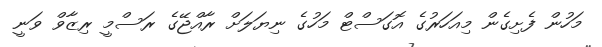
މަހުން ފެށިގެން މިއަހަރުގެ އޮގަސްޓް މަހުގެ ނިޔަލަށް ރާއްޖޭގެ ރަސްމީ ރިޒާވް ވަނީ